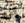
إنه